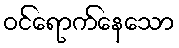
ဝင်ရောက်နေသော